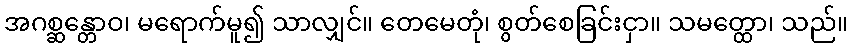
အဂစ္ဆန္တောဝ၊ မရောက်မူ၍ သာလျှင်။ တေမေတုံ၊ စွတ်စေခြင်းငှာ။ သမတ္ထော၊ သည်။